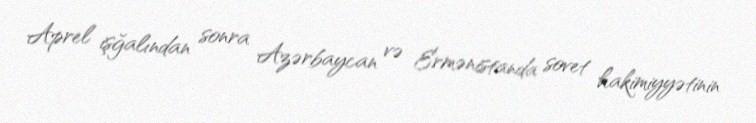
Aprel işğalından sonra Azərbaycan və Ermənistanda sovet hakimiyyətinin